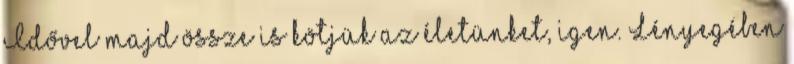
Idővel majd össze is kötjük az életünket, igen. Lényegében